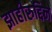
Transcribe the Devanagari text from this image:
झाहीरुद्दिन